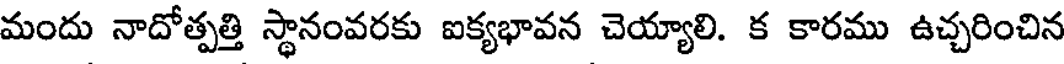
మందు నాదోత్పత్తి స్థానంవరకు ఐక్యభావన చెయ్యాలి. క కారము ఉచ్చరించిన